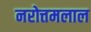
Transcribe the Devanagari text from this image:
नरोत्तमलाल